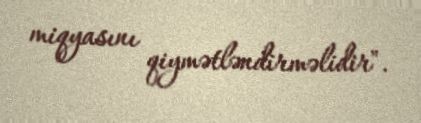
miqyasını qiymətləndirməlidir".